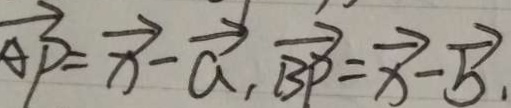
\overrightarrow { A } B = \overrightarrow { x } - \overrightarrow { a } , \overrightarrow { B P } = \overrightarrow { x } - \overrightarrow { b } ,